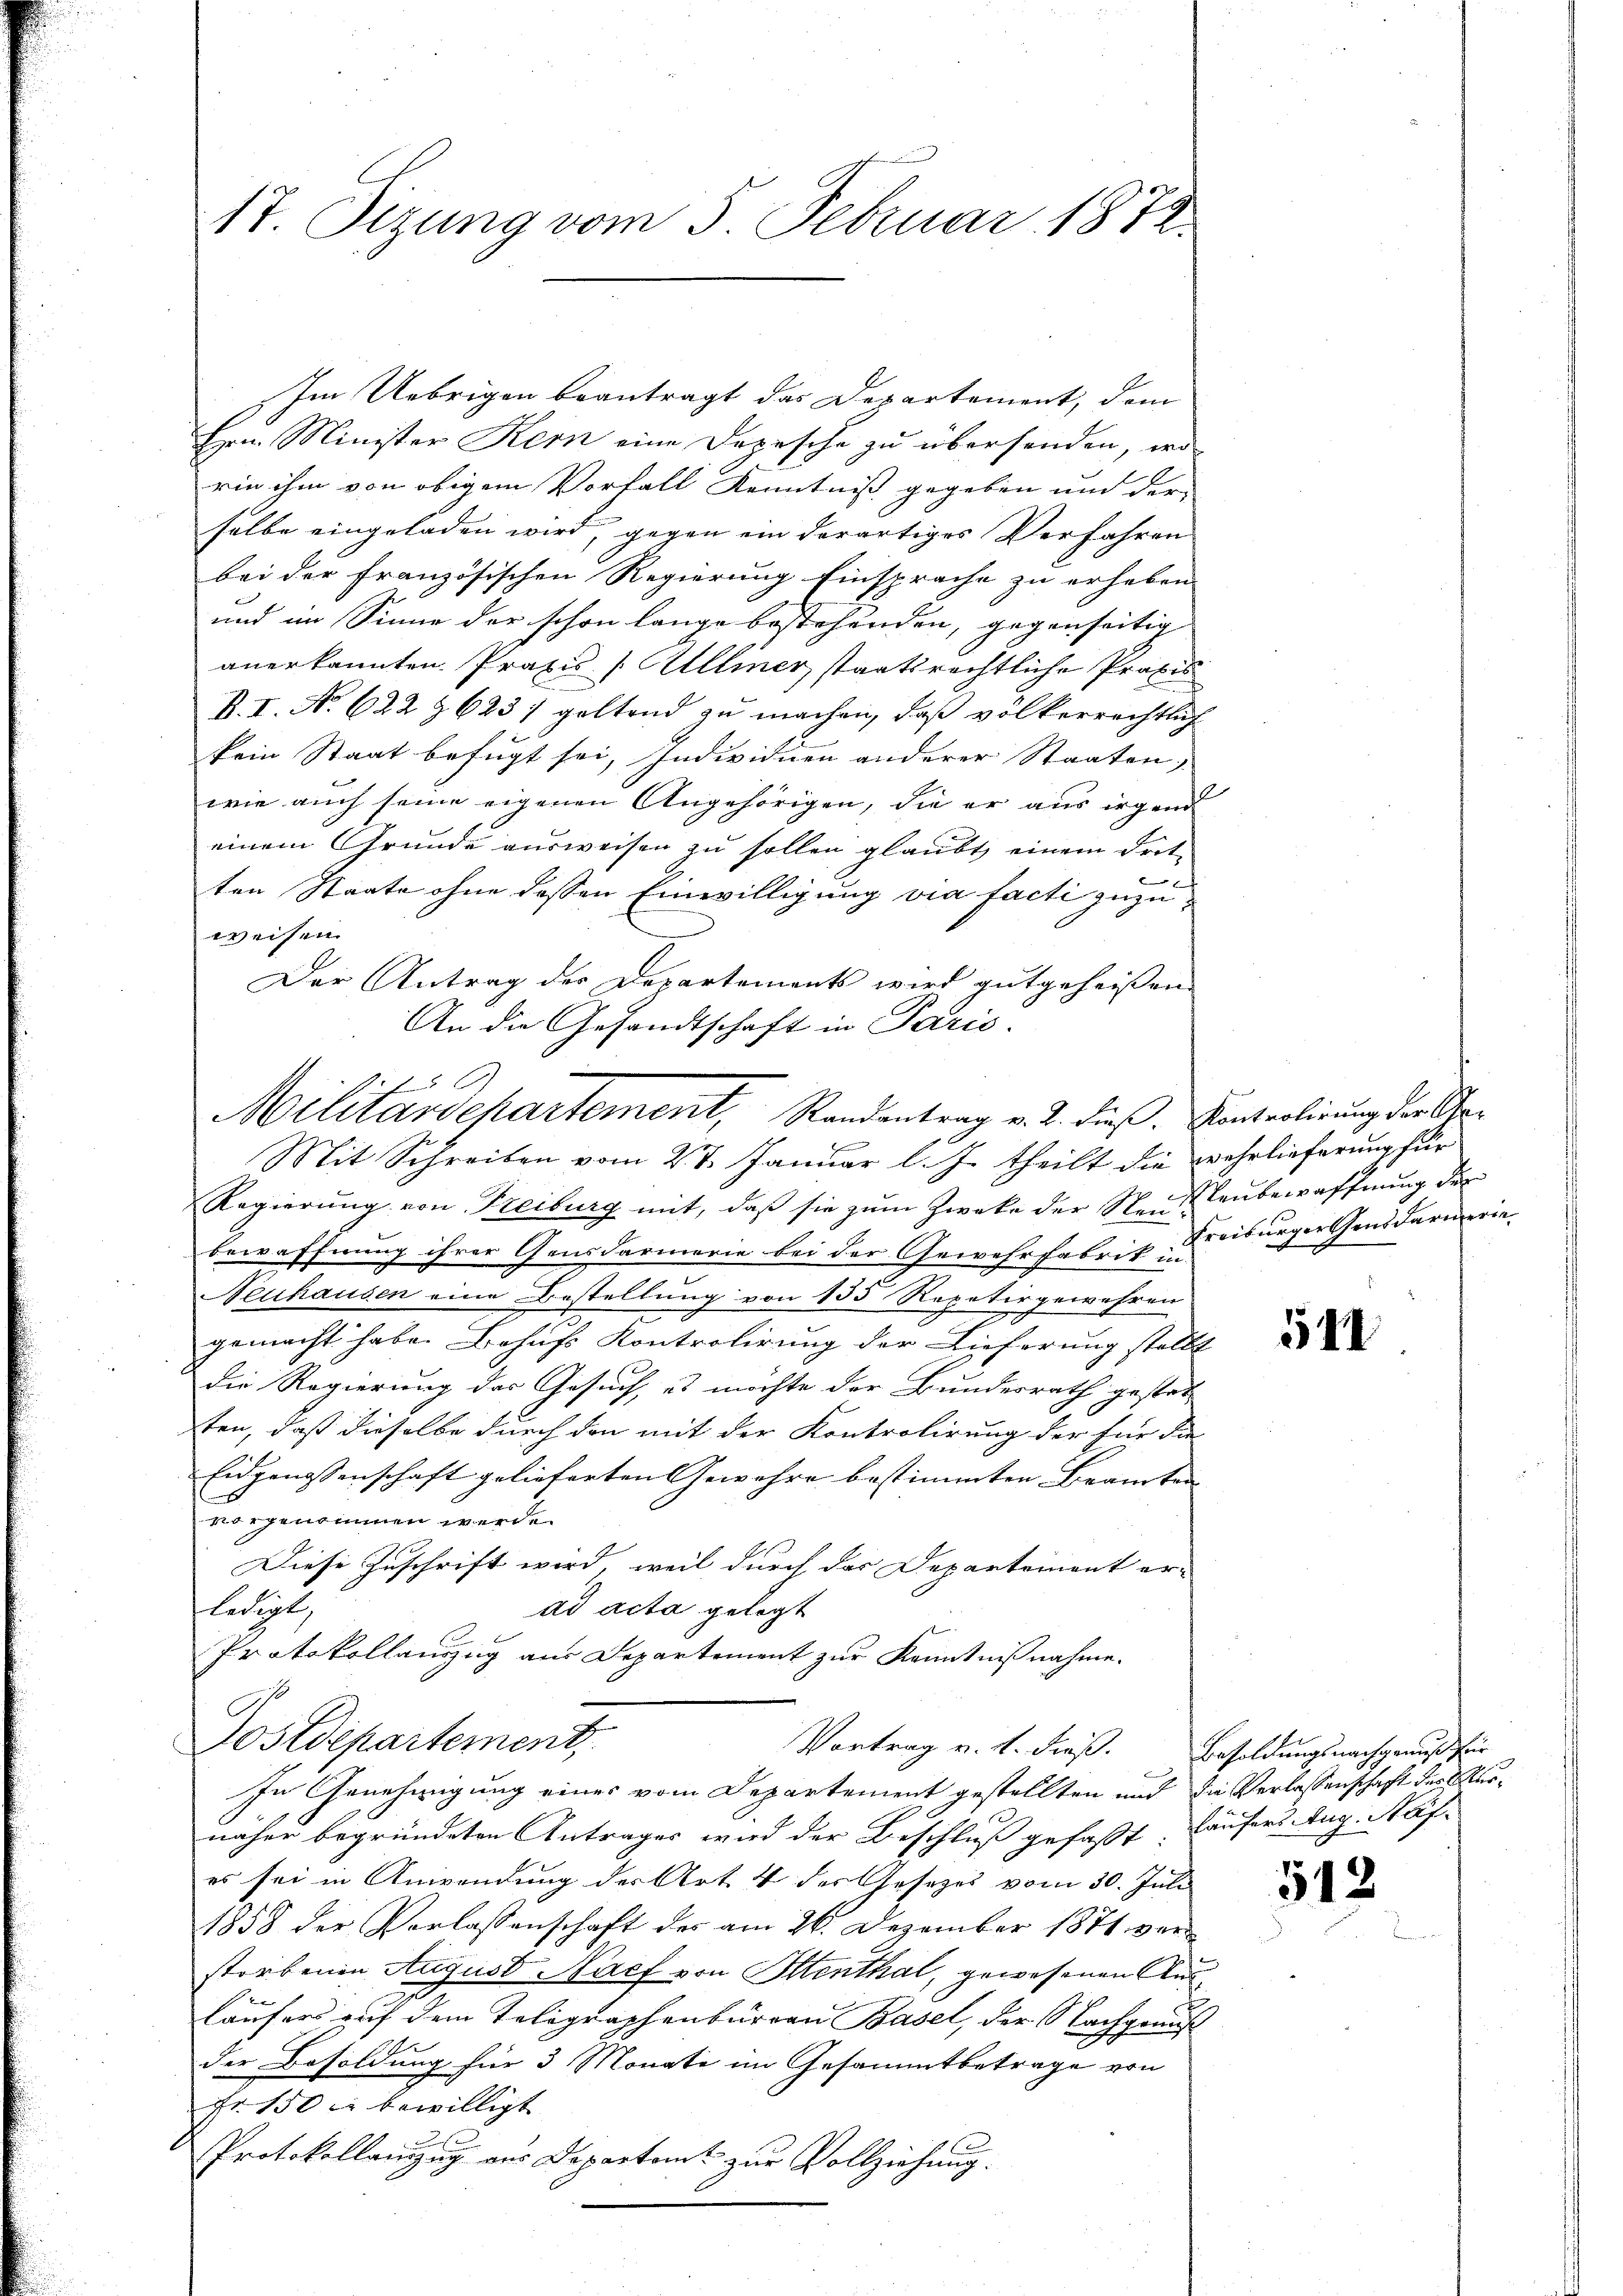
17 Sizung vom 5. Februar 1878

Im Uebrigen beantragt das Departement, dem
Hrn. Minister Kern eine Depesche zu überhanden, wo
rin ihm von obigem Vorfall Kenntniß gegeben und der
selbe eingeladen wird, gegen ein derartiges Verfahren
bei der französischen Regierung Einsprache zu erheben
und im Sinne der schon lange bestehenden, gegenseitig |
anerkannten Praxis /: Allmer staatsrechtliche Praxis
B. I. No. 622 § 623 geltend zu machen, daß völkerrechtlich
kein Staat befugt sei, Individuen anderer Staaten,
wie auch seine eigenen Angehörigen, die er aus irgend
einem Grunde ausweisen zu sollen glaubt, einem Drit-
ten Staate ohne dessen Einwilligung via facti zuzuweisen.
Der Antrag der Departements wird gutgeheissen.
An die Gesandtschaft in Paris.
Mit Schreiben vom 27. Januar l. J. theilt die wehrlieferung für
Regierung von Freiburg mit, daß sie zum Zweke der Neuenbewaffnung der
bewaffnung ihrer Gensdarmerie bei der Gewehrfabrik Freiburger Gensdarmerie-
Neuhausen eine Bestellung von 135 Repetirgewehren
gemacht habe. Behufs Kontrolirung der Lieferung stellt
die Regierung des Gesuch, es möchte der Bundesrath gestatt
ten, daß dieselbe durch den mit der Kontrolirung der für die
Eidgenossenschaft gelieferten Gewehre bestimmten Beamten |
vorgenommen werde.
Diese Zuschrift wird, weil durch das Departement er-
flutet,
ad acta gelegt
Protokollauszug aus Departement zur Kenntnißnahme.
Dostdepartement,
Vortrag v. h. dieß. Besoldungs nachgenuß für
In Genehmigung eines vom Departement gestellten und die Verlassenschaft des Kurnäher begründeten Antrages wird der Beschluß gefaßt. Laufers Aug. Näf-
es sei in Anwendung des Art 4 der Gesetzes vom 30. Juli
1858 der Verlassenschaft der am 26. Dezember 1871 verstorbenen August Nach von Oltenthal, gewesenen Ausläufers auf dem Telegraphenburgen Basel, der Nachgraus
der Besoldung für 3 Monate im Gesammtbetrage von
Fr. 150 l. bewilligt
2
Protokollanzug aus Departamt zur Vollziehung.

Militärdepartement, Randentrag v. 2. dieß. Kontrolirung der Ge¬

544

512